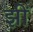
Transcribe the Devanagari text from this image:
झीं